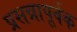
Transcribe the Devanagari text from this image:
प्रसन्नापूर्वक